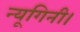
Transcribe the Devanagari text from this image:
न्यूगिनी।